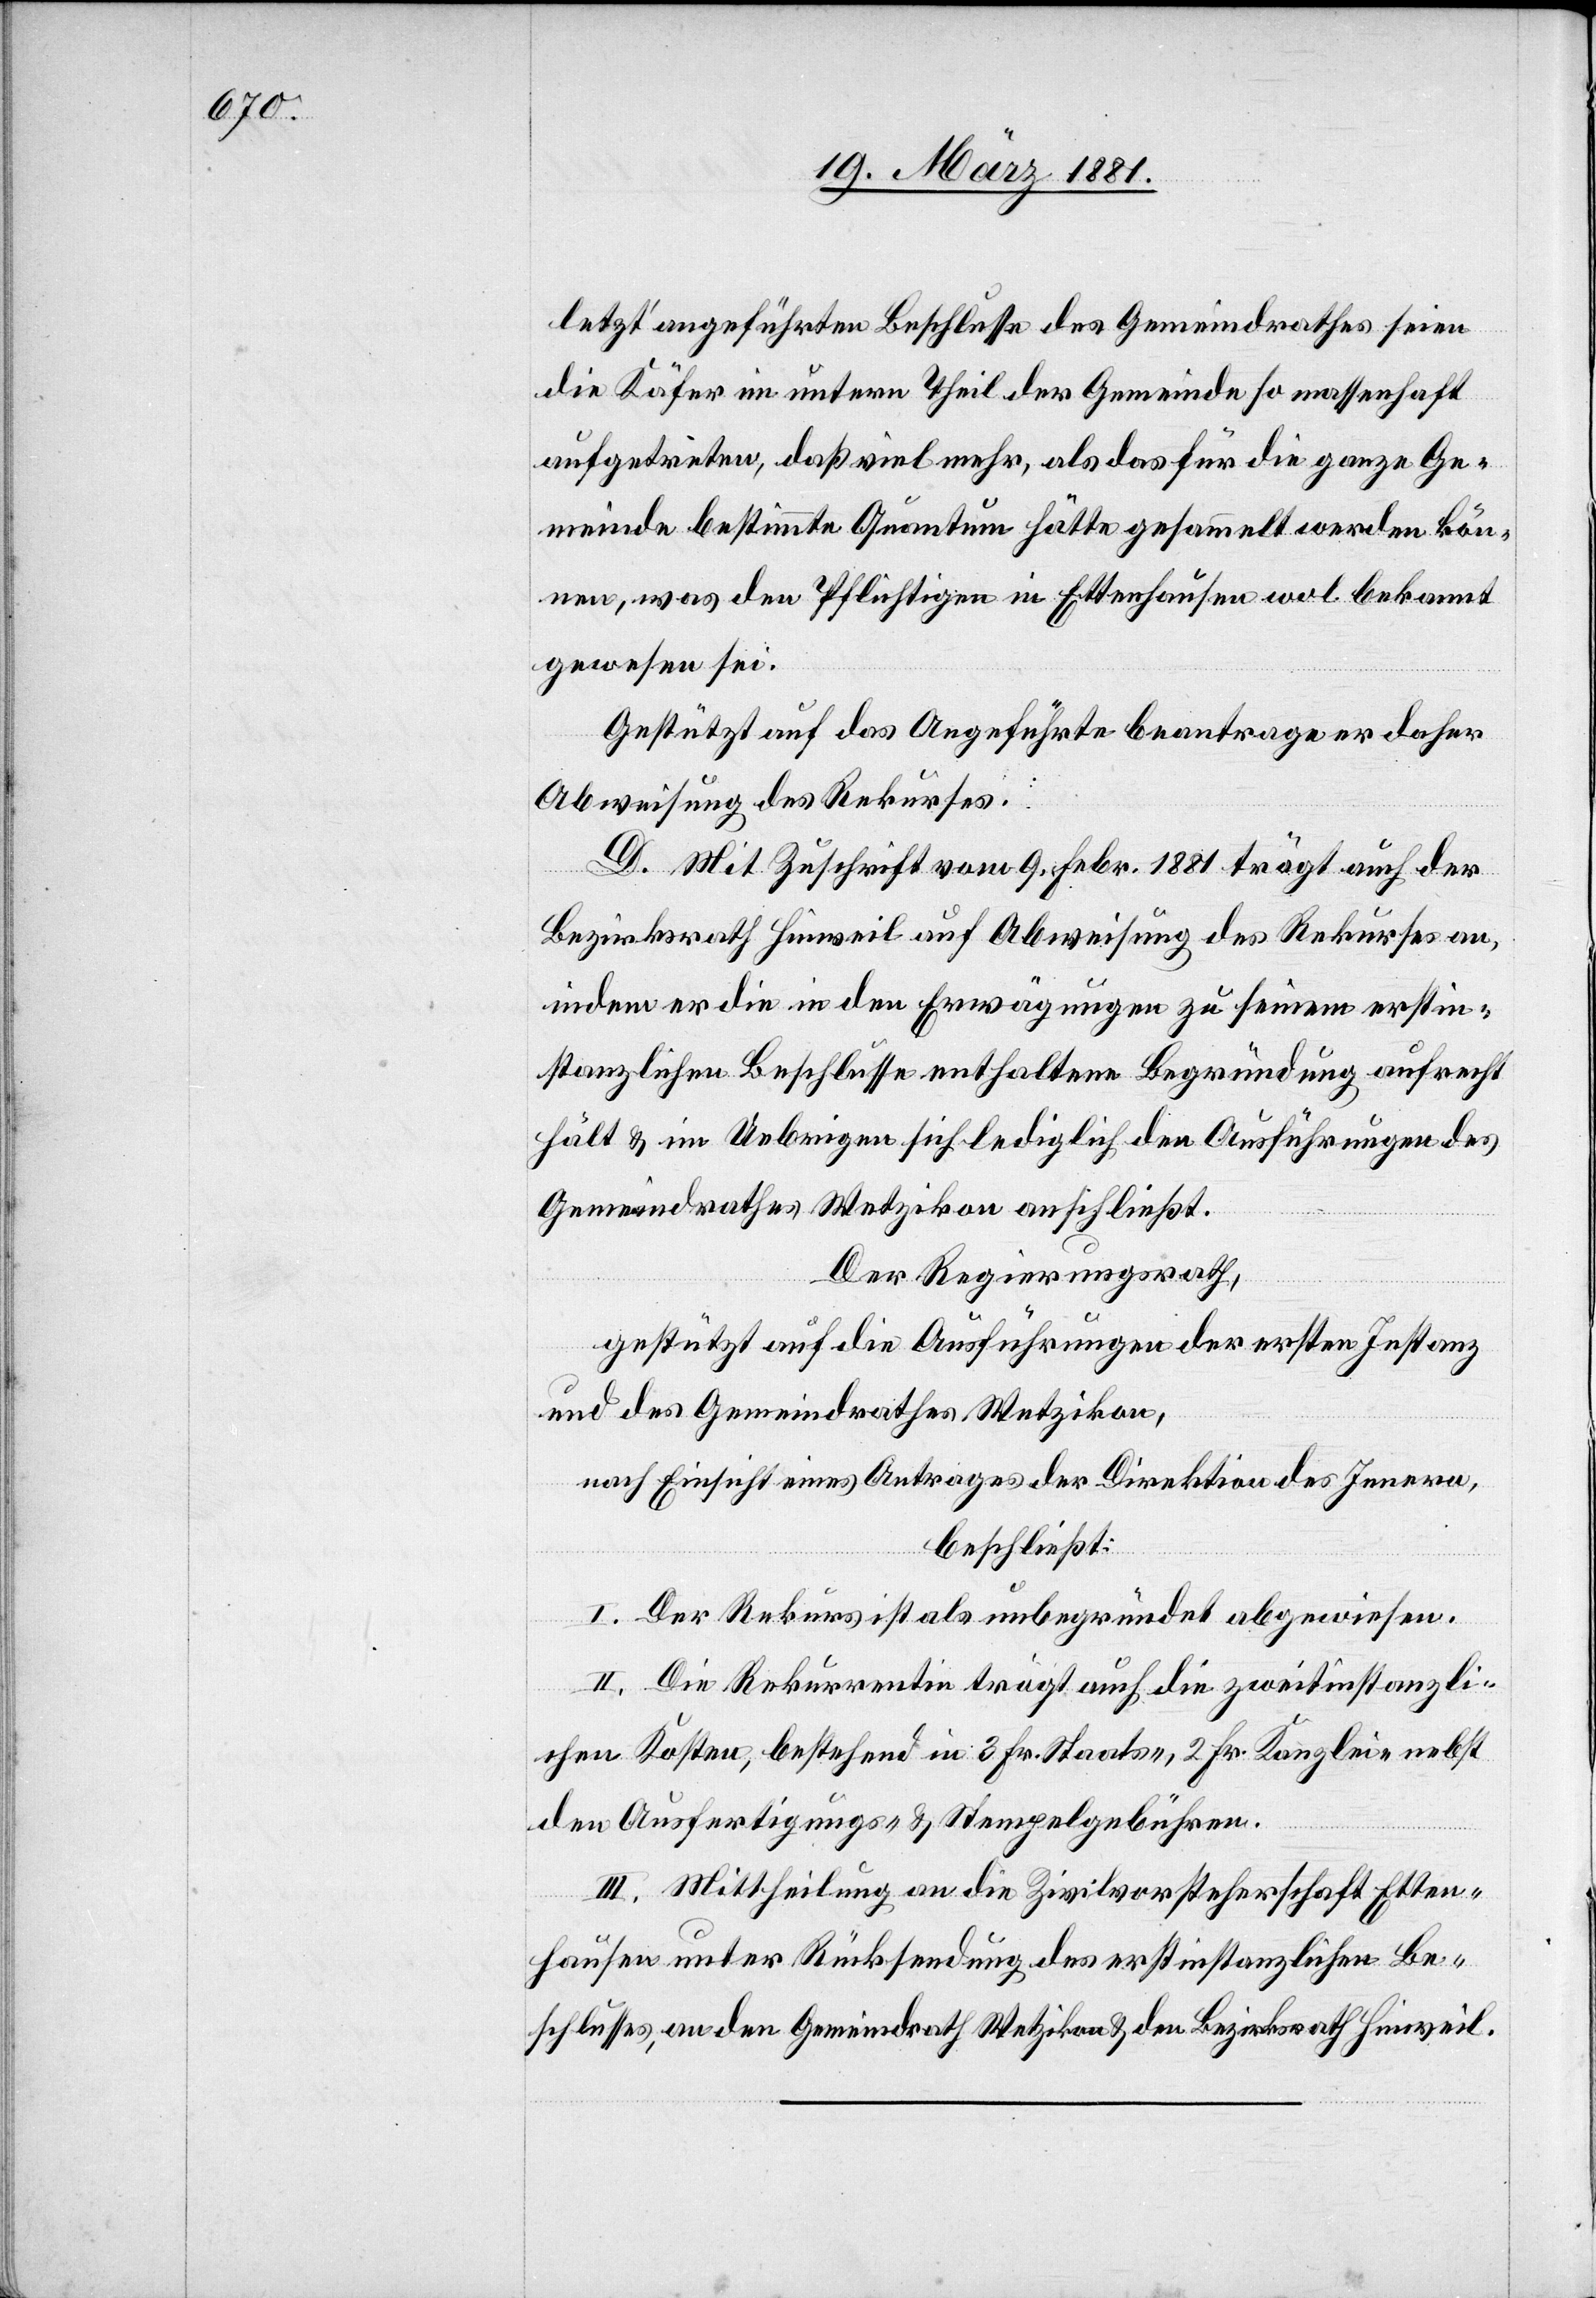
letzt‘ angeführten Beschlusse des Gemeindrathes seien
die Käfer im untern Theil der Gemeinde so massenhaft
aufgetreten, daß vielmehr, als das für die ganze Ge¬
meinde bestimmte Quantum hätte gesammelt werden kön¬
nen, was den Pflichtigen in Ettenhausen wol bekannt
gewesen sei.
Gestützt auf das Angeführte beantrage er daher
Abweisung des Rekurses.
D. Mit Zuschrift vom 9. Febr. 1881 trägt auch der
Bezirksrath Hinweil auf Abweisung des Rekurses an,
indem er die in den Erwägungen zu seinem erstin¬
stanzlichen Beschlusse enthaltene Begründung aufrecht
hält & im Uebrigen sich lediglich den Ausführungen des
Gemeindrathes Wetzikon anschließt.
Der Regierungsrath,
gestützt auf die Ausführungen der ersten Instanz
und des Gemeindrathes Wetzikon,
nach Einsicht eines Antrages der Direktion des Innern,
beschließt:
I. Der Rekurs ist als unbegründet abgewiesen.
II. Die Rekurrentin trägt auch die zweitinstanzli¬
chen Kosten, bestehend in 3 Fr. Staats-, 2 Fr. Kanzlei- nebst
denn Ausfertigungs- & Stempelgebühren.
III. Mittheilung an die Zivilvorsteherschaft Etten¬
hausen unter Rücksendung des erstinstanzlichen Be¬
schlusses, an den Gemeindrath Wetzikon & den Bezirksrath Hinweil.